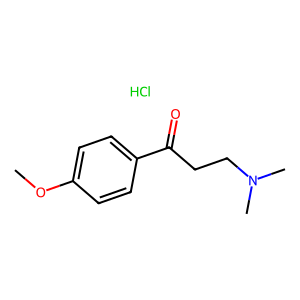
SMILES: COc1ccc(C(=O)CCN(C)C)cc1.Cl
Inhibits HIV replication: No